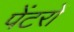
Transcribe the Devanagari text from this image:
पेंटरों